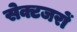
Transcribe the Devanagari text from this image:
सेक्टजरों